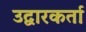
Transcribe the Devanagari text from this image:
उद्वारकर्ता